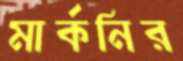
মার্কনির